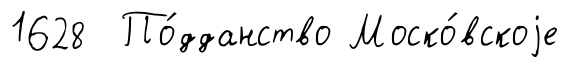
1628 По́дданство Моско́вскоjе